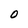
Character: O